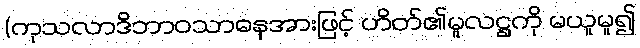
(ကုသလာဒိဘာဝသာဓနအားဖြင့် ဟိတ်၏မူလဋ္ဌကို မယူမူ၍